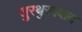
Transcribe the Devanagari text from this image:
जुरथुस्त्रवाद